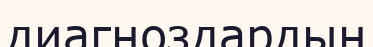
диагноздардың